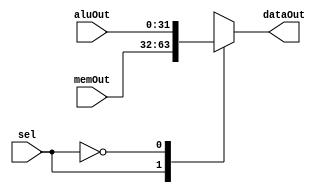
`timescale 1ns/1ns
module MUX21(
input [31:0] memOut,aluOut,
input sel,
output reg [31:0] dataOut
);

always @(*)
begin
	case(sel)
		1'b1:
		begin
			dataOut = memOut;
		end
		1'b0:
		begin
			dataOut = aluOut;
		end
	endcase
end
endmodule